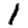
Digit: 1